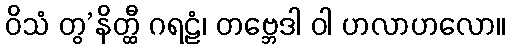
ဝိသံ တွ’နိတ္ထီ ဂရဠံ၊ တဗ္ဘေဒါ ဝါ ဟလာဟလော။